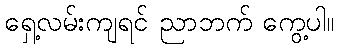
ရှေ့လမ်းကျရင် ညာဘက် ကွေ့ပါ။